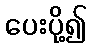
ပေးပို့၍